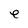
Character: e